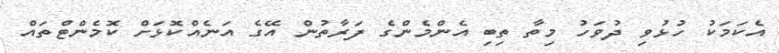
އެކަމަކު ހުޅުވި ދުވަހު މިތާ ތިބި އެންމެންގެ ފަރާތުން އޭގެ އަނެއްކޮޅަށް ކޮމެންޓްތައް